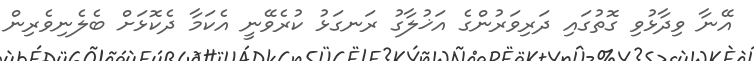
އޭނާ ވިދާޅުވި ގޮތުގައި ދަރިވަރުންގެ އަޚުލާގު ރަނގަޅު ކުރެވޭނީ އެކަމާ ދެކޮޅަށް ބެލެނިވެރިން